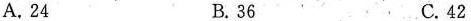
A.24 B.36 C.42